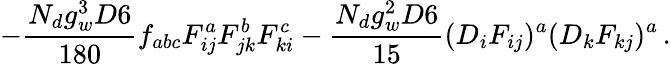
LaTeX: -\frac{N_{d}g_{w}^{3}D6}{180}f_{abc}F_{ij}^{a}F_{jk}^{b}F_{ki}^{c}-\frac{N_{d}g_{w}^{2}D6}{15}(D_{i}F_{ij})^{a}(D_{k}F_{kj})^{a}\, .